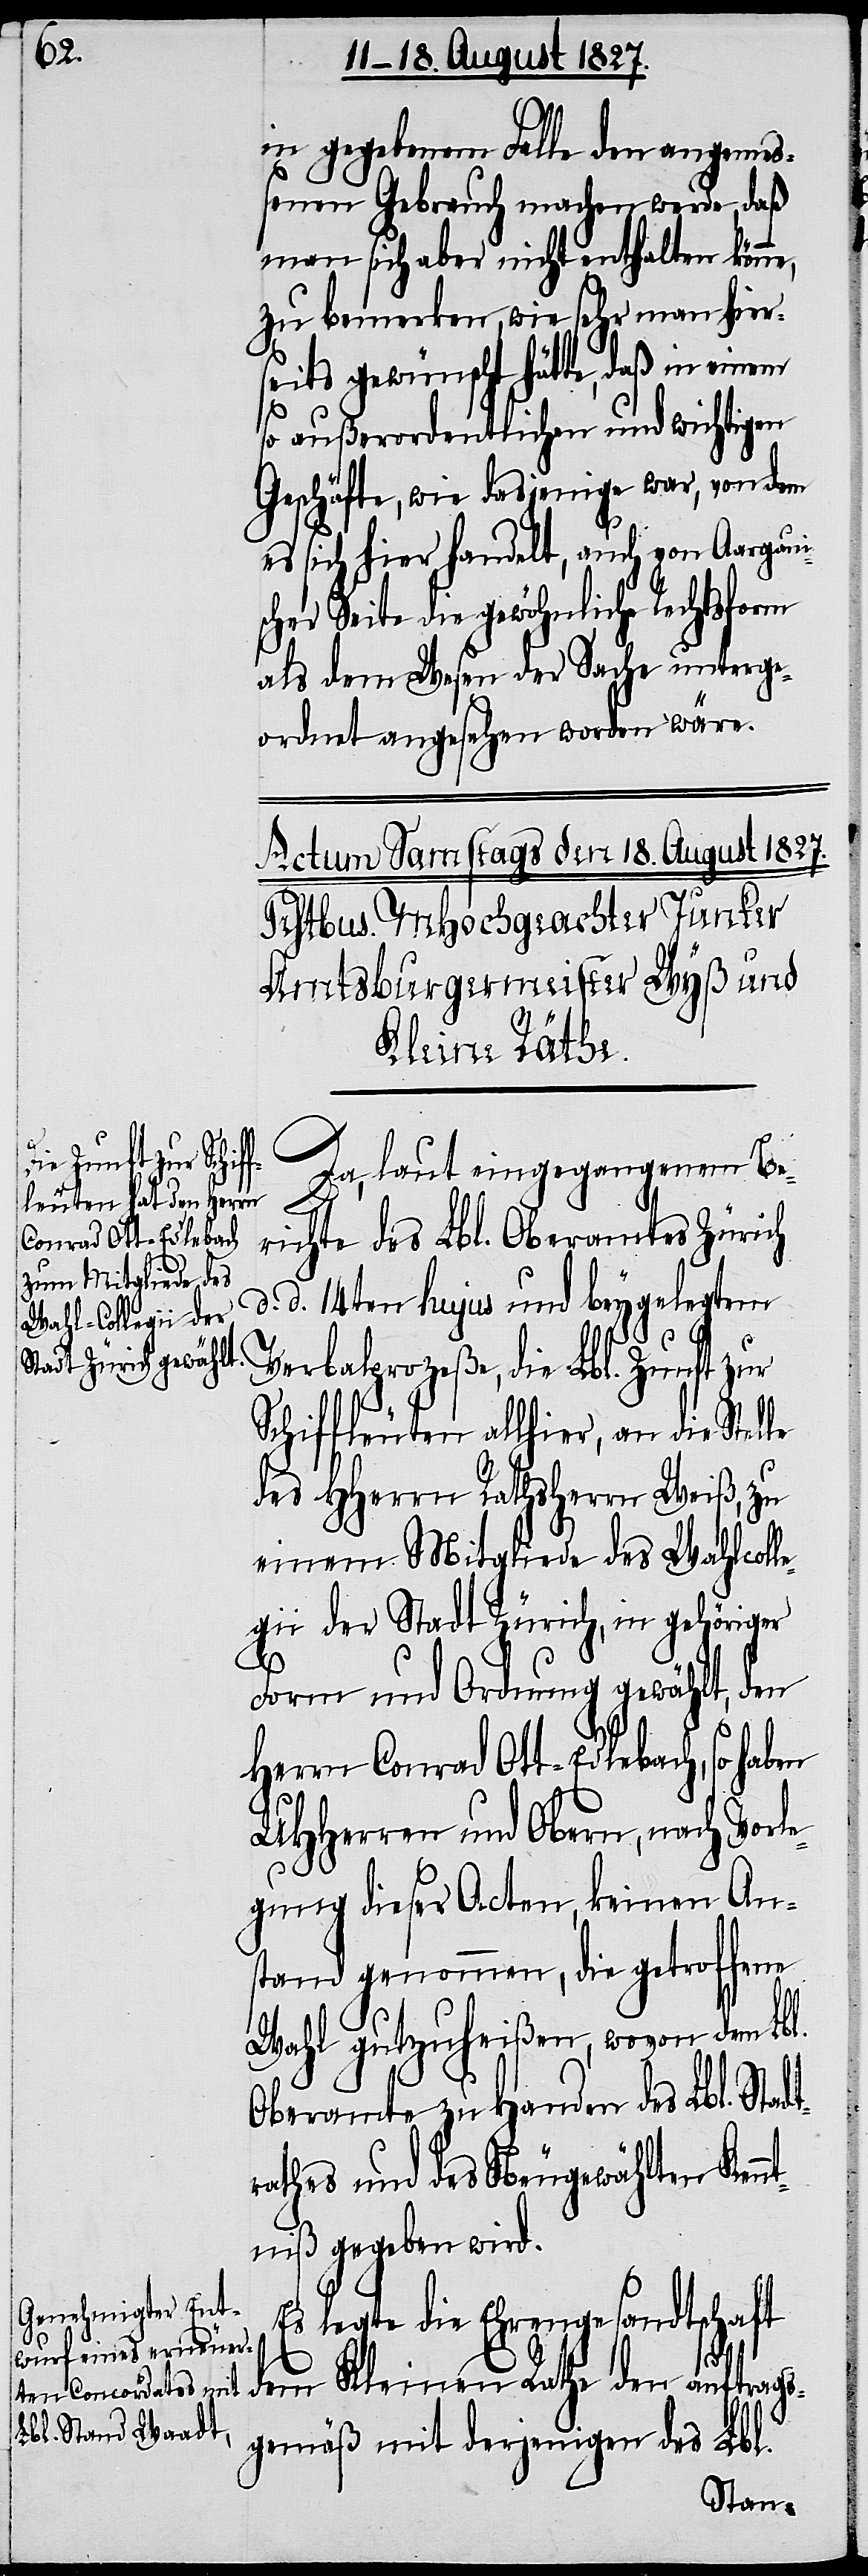
in gegebenem Falle den angemeß¬
ensten Gebrauch machen werde, daß
man sich aber nicht enthalten könn¬
zu bemerken, wie sehr man hier¬
seits gewünscht hätte, dass in
so außerordentlichen und wichtigen
Geschäfte, wie dasjenige war, von dem
es sich hier handelt, auch von Aargaui¬
scher Seite die gewöhnliche Rechtsform
als dem Wesen der Sache unterge¬
ordnet angesehen worden wäre.
die Lbl. Zunft
Da, laut eingegangenem Be¬
richte des Lbl. Oberamtes Zürich
Conrad Ott-Edlebach,
d. d. 14ten hujus und beygelegtem
so
Schiffleuten allhier, an die Stel¬
des HHerrn Rathsherrn Weiß, zu
einem Mitgliede des Wahlcoll¬
egii der Stadt Zürich, in gehöriger
Form und Ordnung gewählt, den
UHHerren und Obern, nach Vorl¬
egung dieser Acten, keinen An¬
stand genommen, die getroffene
Wahl gutzuheißen, wovon dem Lb¬
Oberamte zu Handen des Lbl. Stadt¬
rathes und des Neugewählten Kenn¬
tniß gegeben wird.
Es legte die Ehrengesandtschaft
l.
dem Kleinen Rathe den auftrags¬
gemäß mit derjenigen des Lbl.